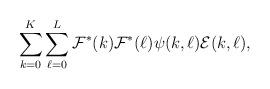
LaTeX: \begin{align*}\sum_{k = 0}^{K} \sum_{\ell = 0}^{L} \mathcal{F}^\ast(k)\mathcal{F}^\ast(\ell) \psi(k,\ell)\mathcal{E}(k,\ell),\end{align*}